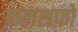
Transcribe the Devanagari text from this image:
फ़लसफ़ों